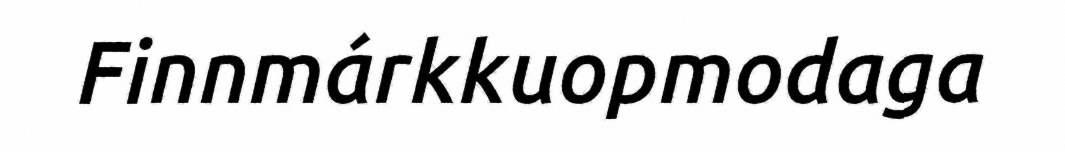
Finnmárkkuopmodaga